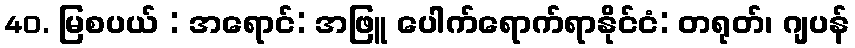
40. မြစပယ် : အရောင်: အဖြူ ပေါက်ရောက်ရာနိုင်ငံ: တရုတ်၊ ဂျပန်